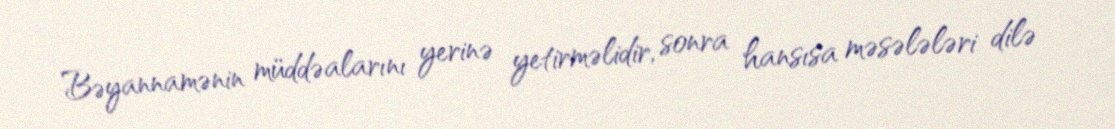
Bəyannamənin müddəalarını yerinə yetirməlidir, sonra hansısa məsələləri dilə